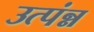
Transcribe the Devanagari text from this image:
उत्पंन्न